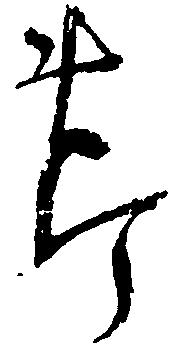
節